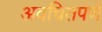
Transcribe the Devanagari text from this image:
अवचितपणे